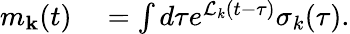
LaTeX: \begin{array}{rl}{m_{\mathbf k}(t)}&{{}=\int d\tau e^{\mathcal{L}_{k}(t-\tau)}\sigma_{k}(\tau).}\end{array}